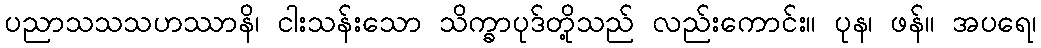
ပညာသသသဟဿာနိ၊ ငါးသန်းသော သိက္ခာပုဒ်တို့သည် လည်းကောင်း။ ပုန၊ ဖန်။ အပရေ၊